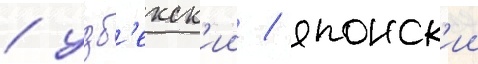
/ узб'екск'ии / японск'ии